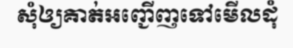
សុំឲ្យគាត់អញ្ជើញទៅមើលដុំ